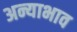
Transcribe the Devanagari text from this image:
अन्याभाव